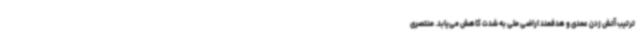
ترتیب آتش زدن عمدی و هدفمند اراضی ملی به شدت کاهش می‌یابد. منتصری